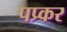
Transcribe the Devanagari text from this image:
पप्र्कर